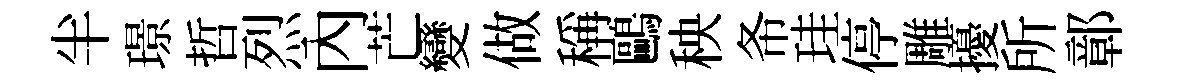
半璟哲烈內芒變做稱鷗秧𢁙珪停雕擾所鄣